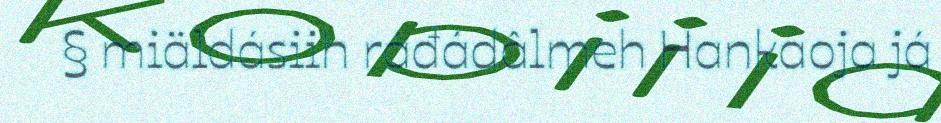
§ miäldásiih ráđádâlmeh Hankaoja já